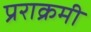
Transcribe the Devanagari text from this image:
प्रराक्रमी